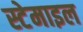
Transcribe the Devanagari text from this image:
स्टेमाइल